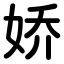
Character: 娇